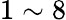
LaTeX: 1\sim 8